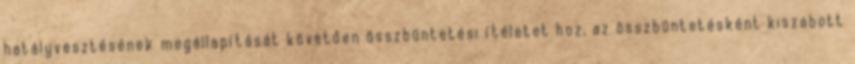
hatályvesztésének megállapítását követően összbüntetési ítéletet hoz, az összbüntetésként kiszabott